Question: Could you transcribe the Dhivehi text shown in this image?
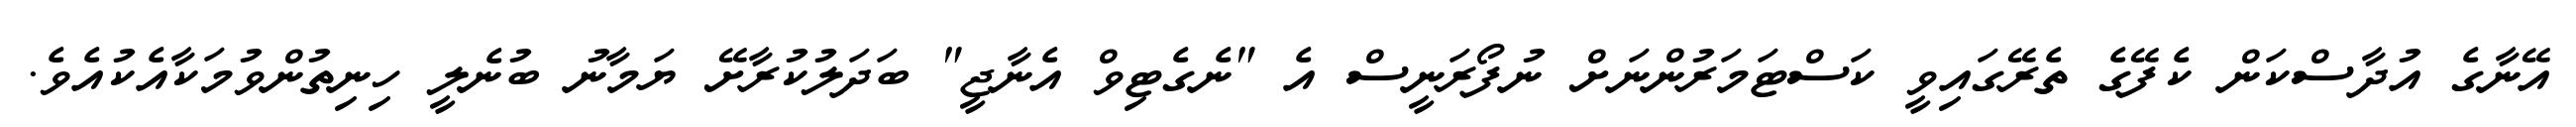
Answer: އޭނާގެ އުދާސްކަން ކެފޭގެ ތެރޭގައިވީ ކަސްޓަމަރުންނަށް ނުފޯރަނީސް އެ "ނެގެޓިވް އެނާޖީ" ބަދަލުކުރާށޭ ޔަމާނު ބުނެލީ ހިނިތުންވުމަކާއެކުއެވެ.